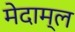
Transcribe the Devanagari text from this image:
मेदाम्ल